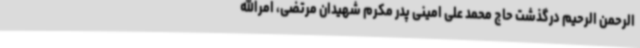
الرحمن الرحیم درگذشت حاج محمد علی امینی پدر مکرم شهیدان مرتضی، امرالله